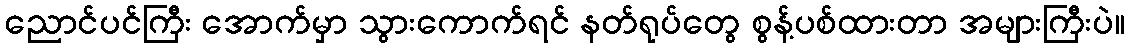
ညောင်ပင်ကြီး အောက်မှာ သွားကောက်ရင် နတ်ရုပ်တွေ စွန့်ပစ်ထားတာ အများကြီးပဲ။